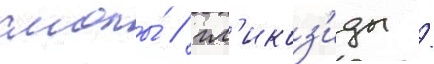
смолы́ / гл'икоз'иды /